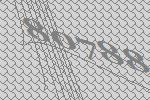
80788